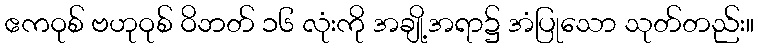
ဧကဝုစ် ဗဟုဝုစ် ဝိဘတ် ၁၆ လုံးကို အချို့အရာ၌ အံပြုသော သုတ်တည်း။